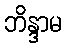
ဘိန္ဒာမ